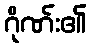
ဂိုဏ်း၏